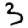
Digit: 3